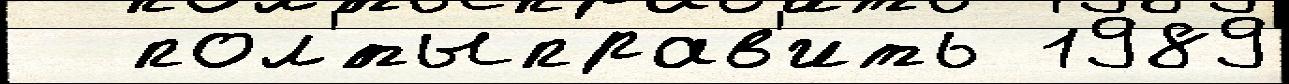
  пол'́тыправ'ить 1989